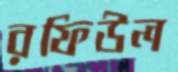
রফিউল